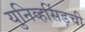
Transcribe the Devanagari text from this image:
युनिव्हर्सिड़ची